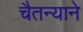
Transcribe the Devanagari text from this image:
चैतन्याने